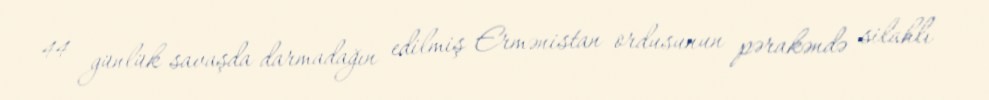
44 günlük savaşda darmadağın edilmiş Ermənistan ordusunun pərakəndə silahlı